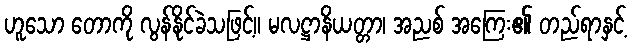
ဟူသော တောကို လွန်နိုင်ခဲသဖြင့်။ မလဋ္ဌာနိယတ္တာ၊ အညစ် အကြေး၏ တည်ရာနှင့်